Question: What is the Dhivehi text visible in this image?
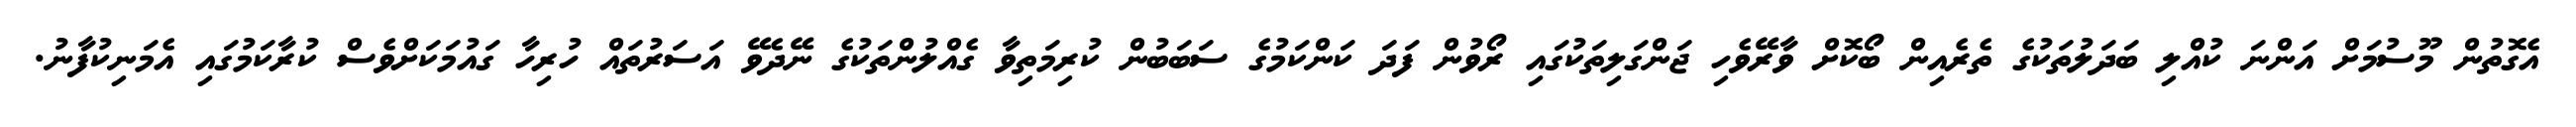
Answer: އެގޮތުން މޫސުމަށް އަންނަ ކުއްލި ބަދަލުތަކުގެ ތެރެއިން ބޯކޮށް ވާރޭވެހި ޖަންގަލިތަކުގައި ރޯވުން ފަދަ ކަންކަމުގެ ސަބަބުން ކުރިމަތިވާ ގެއްލުންތަކުގެ ނޭދެވޭ އަސަރުތައް ހުރިހާ ގައުމަކަށްވެސް ކުރާކަމުގައި އެމަނިކުފާނު.